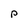
Character: p